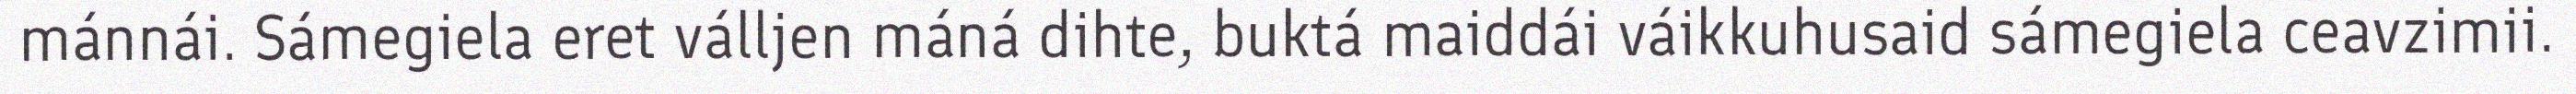
mánnái. Sámegiela eret válljen máná dihte, buktá maiddái váikkuhusaid sámegiela ceavzimii.